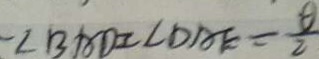
\angle B A D = \angle D A F = \frac { \theta } { 2 }